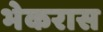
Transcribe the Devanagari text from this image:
भेकरास